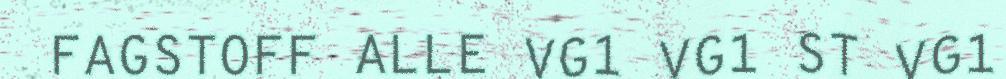
FAGSTOFF ALLE VG1 VG1 ST VG1